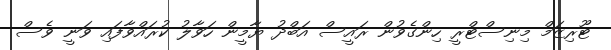
ޓޫރިޒަމް މިނިސްޓްރީ ހިންގެވުން ރައީސް އަބްދު ޔާމީން ހަވާލު ކުރައްވާފައި ވަނީ ވެސް